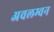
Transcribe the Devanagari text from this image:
अवलम्वन